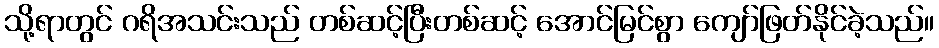
သို့ရာတွင် ဂရိအသင်းသည် တစ်ဆင့်ပြီးတစ်ဆင့် အောင်မြင်စွာ ကျော်ဖြတ်နိုင်ခဲ့သည်။